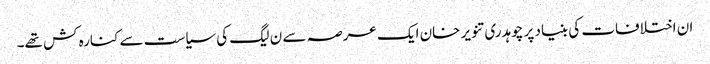
ان اختلافات کی بنیاد پر چوہدری تنویر خان ایک عرصہ سے ن لیگ کی سیاست سے کنارہ کش تھے۔